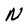
Character: N